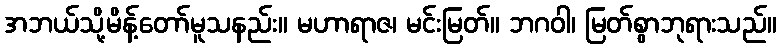
အဘယ်သို့မိန့်တော်မူသနည်း။ မဟာရာဇ၊ မင်းမြတ်။ ဘဂဝါ၊ မြတ်စွာဘုရားသည်။